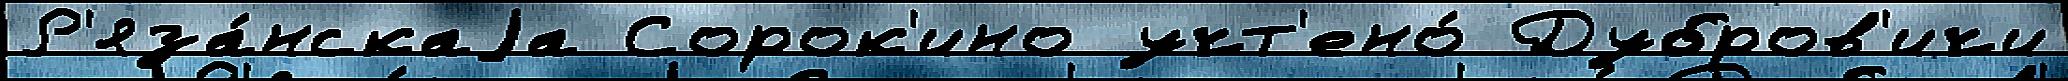
Р'яза́нскаjа Сорок'ино учт'ено́ Дубров'ичи